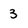
Character: 3